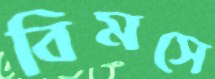
বিমসে